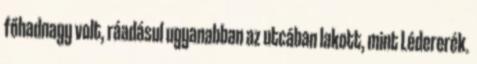
főhadnagy volt, ráadásul ugyanabban az utcában lakott, mint Lédererék.